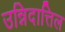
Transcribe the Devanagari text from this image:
उन्निदात्तिल